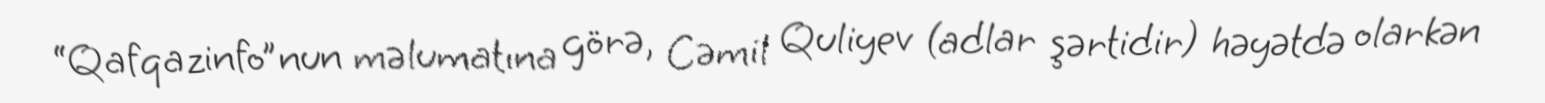
“Qafqazinfo”nun məlumatına görə, Cəmil Quliyev (adlar şərtidir) həyətdə olarkən